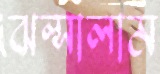
ঝল্‌সালাম